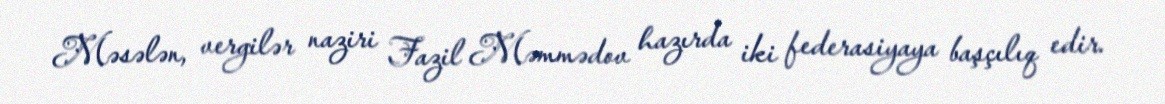
Məsələn, vergilər naziri Fazil Məmmədov hazırda iki federasiyaya başçılıq edir.